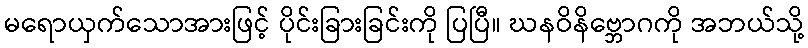
မရောယှက်သောအားဖြင့် ပိုင်းခြားခြင်းကို ပြပြီ။ ဃနဝိနိဗ္ဘောဂကို အဘယ်သို့